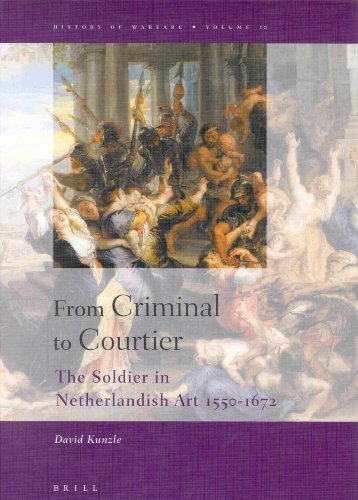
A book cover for From Criminal to Courtier: The Soldier in Netherlandish Art 1550-1672 (History of Warfare, 10); David Kunzle; History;